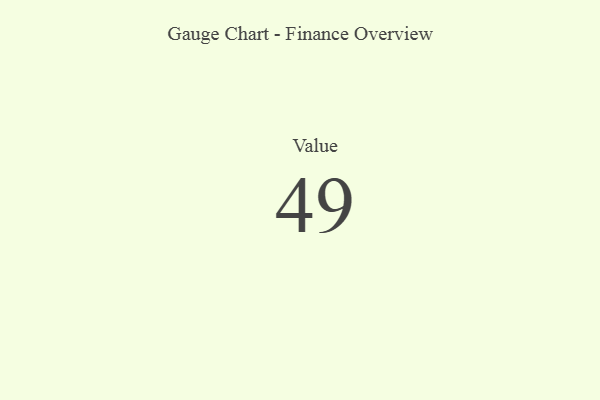
{"axis": {"x": "Metric", "y": "Value"}, "legend": [""], "data": [{"x": "Value", "y": 49, "type": ""}]}